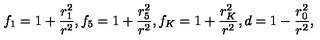
f _ { 1 } = 1 + { \frac { r _ { 1 } ^ { 2 } } { r ^ { 2 } } } , f _ { 5 } = 1 + { \frac { r _ { 5 } ^ { 2 } } { r ^ { 2 } } } , f _ { K } = 1 + { \frac { r _ { K } ^ { 2 } } { r ^ { 2 } } } , d = 1 - { \frac { r _ { 0 } ^ { 2 } } { r ^ { 2 } } } ,